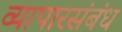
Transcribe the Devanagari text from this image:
व्यापारसंबंध